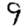
Digit: 9